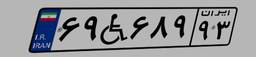
۱۰W۶۶۳۸۸